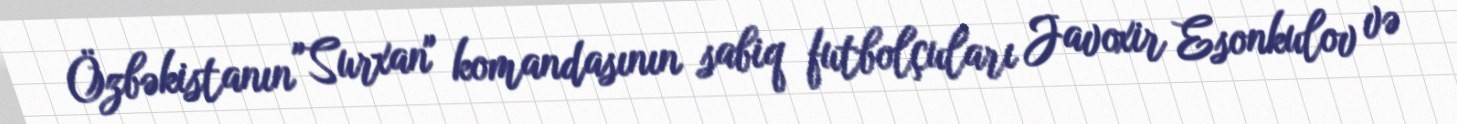
Özbəkistanın "Surxan" komandasının sabiq futbolçuları Javoxir Esonkulov və